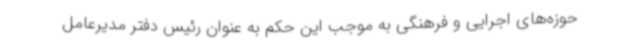
حوزه‌های اجرایی و فرهنگی به موجب این حکم به عنوان رئیس دفتر مدیرعامل